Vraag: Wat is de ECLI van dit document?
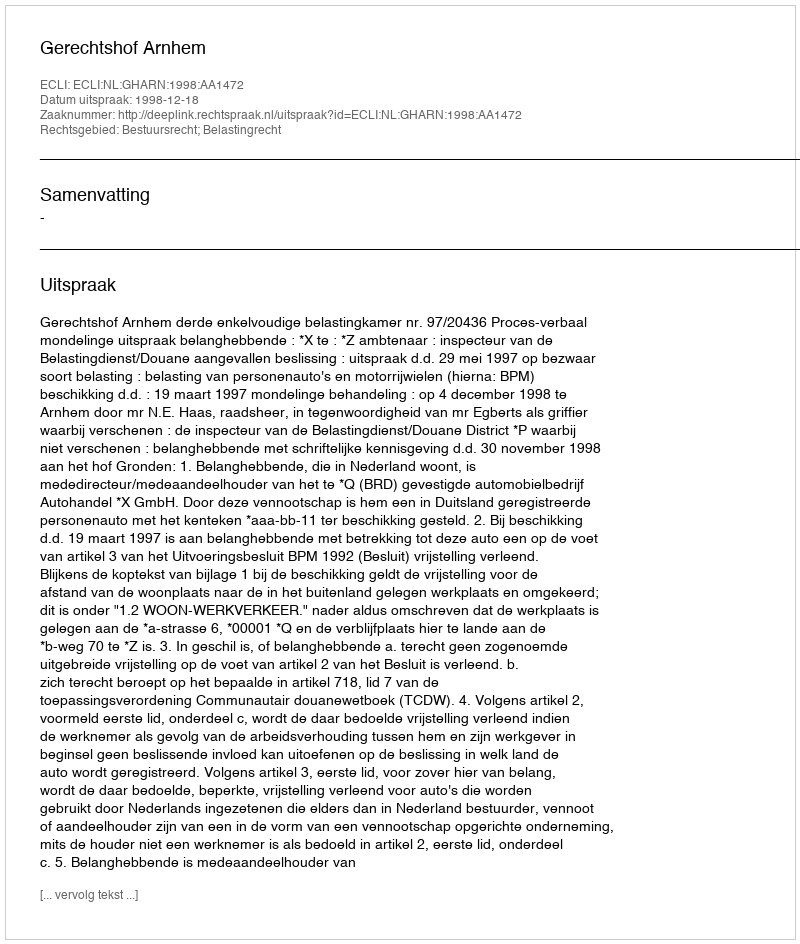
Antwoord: ECLI:NL:GHARN:1998:AA1472